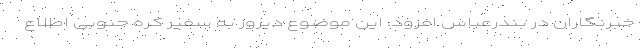
خبرنگاران در بندرعباس افزود: این موضوع دیروز به سفیر کره جنوبی اطلاع